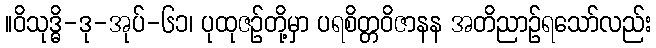
။ဝိသုဒ္ဓိ-ဒု-အုပ်-၆၁၊ ပုထုဇဉ်တို့မှာ ပရစိတ္တဝိဇာနန အတိညာဉ်ရသော်လည်း